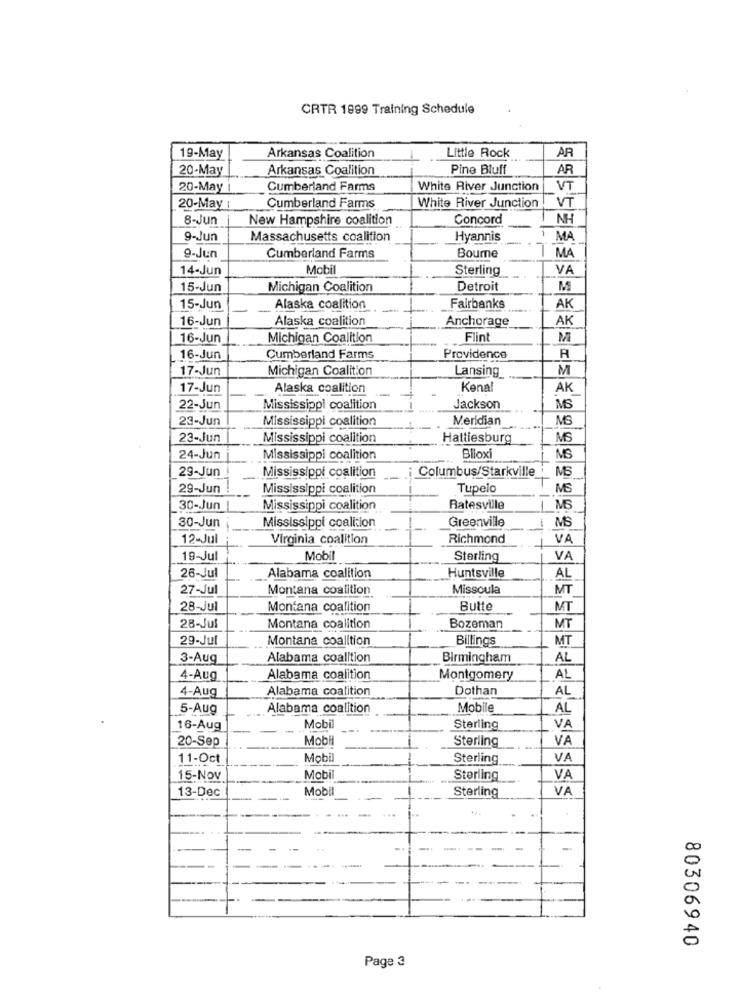
CRTR 1899 Training Schedule
19-May
Arkansas Coalition
Little Rock
AR
20-May
Arkansas Coalition
Pine Bluff
AR
20-May i
Cumberland Farms
White River Junction
VT
VT
20-May |
Cumberland Farms
White River Junction !
8-Jun
New Hampshire coalition
Concord
NH
9-Jun
Massachusetts coalition
Hyannis
MA
9-Jun
Cumberland Farms
Bourne
MA
14-Jun
Mobil
Sterling
VA
15-Jun
Michigan Coalition
Detroit
M
15-Jun
Alaska coalition
Fairbanks
AK
16-Jun
Alaska coalition
Anchorage
AK
16-Jun
Michigan Coalition
Flint
M
16-Jun
Cumberland Farms
Providence
A
17-Jun
Michigan Coalition
Lansing
M
17-Jun
Alaska coalition
Kenal
AK
22-Jun
Mississippi coalition
Jackson
MS
23-Jun
Mississippi coalition
Meridian
MS
23-Jun
Mississippi coalition
Hattiesburg
MS
24-Jun
Mississippi coalition
Biloxi
29-Jun
Columbus/Starkville
MS
Mississippi coalition
29-Jun !
Mississippi coalition
Tupelo
MS
30-Jun |
Mississippi coalition
Batesville
MG
Greenville
30-Jun
Mississippi coalition
MS
12-Jul
Virginia coalition
Richmond
VA
19-Jul
Mobil
Sterling
VA
AL
26-Jul
Alabama coalition
Huntsville
27-Jul
Montana coalition
Missoula
MT
28-Jul
Montana coalition
Butte
MT
28-Jul
Montana coalition
Bozeman
MT
29-Jul
Montana coalition
Billings
MT
3-Aug
Alabama coalition
Birmingham
AL
4-Aug
Alabama coalition
Montgomery
AL
4-Aug
Alabama coalition
Dothan
AL
5-Aug
Alabama coalition
Mobile
AL
16-Aug
Mobil
Sterling
VA
20-Sep
Mobi
-
Sterling
VA
11-Oct
Mobil
Sterling
VA
15-Nov
Mobi
Sterling
VA
13-Dec
Mobil
Sterling
VA
00
0
80306940
Page 3